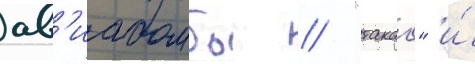
ав'иабомбы // "такао" и́